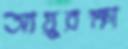
আয়ুরক্ষা